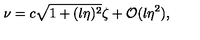
\nu = c \sqrt { 1 + ( l \eta ) ^ { 2 } } \zeta + { \cal O } ( l \eta ^ { 2 } ) ,